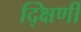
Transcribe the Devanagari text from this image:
द्क्षिणी